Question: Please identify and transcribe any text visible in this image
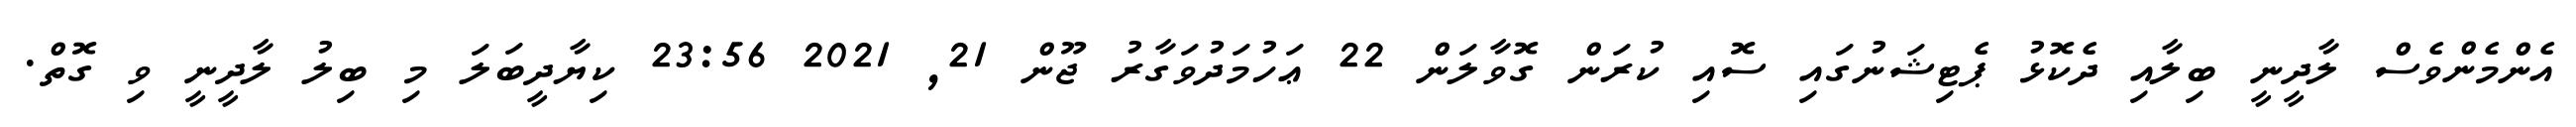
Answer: އެންމެންވެސް ލާދީނީ ބިލާއި ދެކޮޅު ޕެޓިޝަނުގައި ސޮއި ކުރަން ގޮވާލަން 22 ޢަހުމަދުވަގާރު ޖޫން 21, 2021 23:56 ކިޔާދީބަލަ މި ބިލު ލާދީނީ ވި ގޮތް.